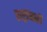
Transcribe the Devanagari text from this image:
राष्ट्रांनाही